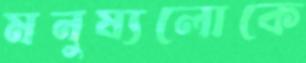
মনুষ্যলোকে